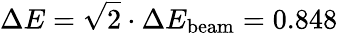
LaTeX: \Delta E=\sqrt{2}\cdot\Delta E_{\mathrm{beam}}=0.848